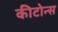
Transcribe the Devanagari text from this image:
कीटोन्स